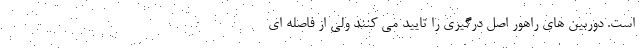
است. دوربین های راهور اصل درگیری را تایید می کنند ولی از فاصله ای